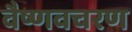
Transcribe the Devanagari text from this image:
वैष्णवचरण